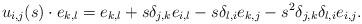
LaTeX: \begin{align*} u_{i,j}(s) \cdot e_{k,l} = e_{k,l} + s \delta_{j,k}e_{i,l} - s\delta_{l,i}e_{k,j} - s^2 \delta_{j,k}\delta_{l,i} e_{i,j}.\end{align*}